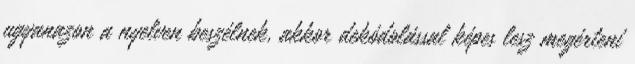
ugyanazon a nyelven beszélnek, akkor dekódolással képes lesz megérteni